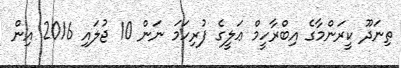
ތިނަދޫ ކީރަންމާގެ އިބްރާހީމް ޢަލީގެ ފުރިހަމަ ނަން 10 ޖުލައި 2016 އިން